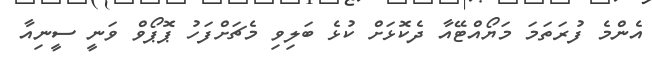
އެންމެ ފުރަތަމަ މަޔޯއްޓޭއާ ދެކޮޅަށް ކުޅެ ބަލިވި މެޗަށްފަހު ޕޮޕޯވް ވަނީ ސީނިއާ